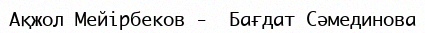
Ақжол Мейірбеков -  Бағдат Сәмединова